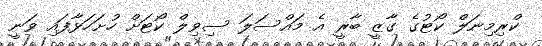
ކްރިމިނަލް ކޯޓުގެ ގާޒީ ބާރީ އެ މައްސަލަ ސިވިލް ކޯޓަށް ހުށަހަޅާފައި ވަނީ